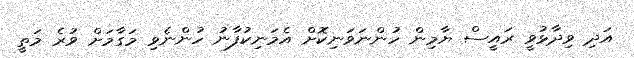
އަދި ވިދާޅުވީ ރައީސް ޔާމިން ހުންނަވަނިކޮށް އެމަނިކުފާނު ހުންނެވި މަގާމަށް ވުރެ މަތީ